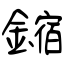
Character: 鏥